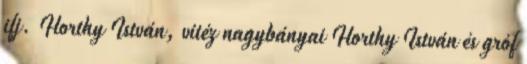
ifj. Horthy István, vitéz nagybányai Horthy István és gróf